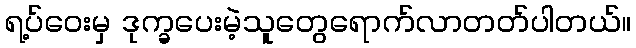
ရ့ပ်ဝေးမှ ဒုက္ခပေးမဲ့သူတွေရောက်လာတတ်ပါတယ်။